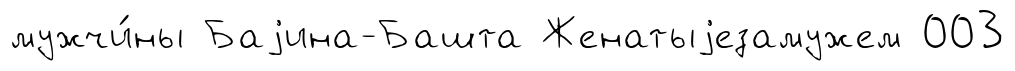
мужчи́ны Баjина-Башта Женатыjезамужем 003